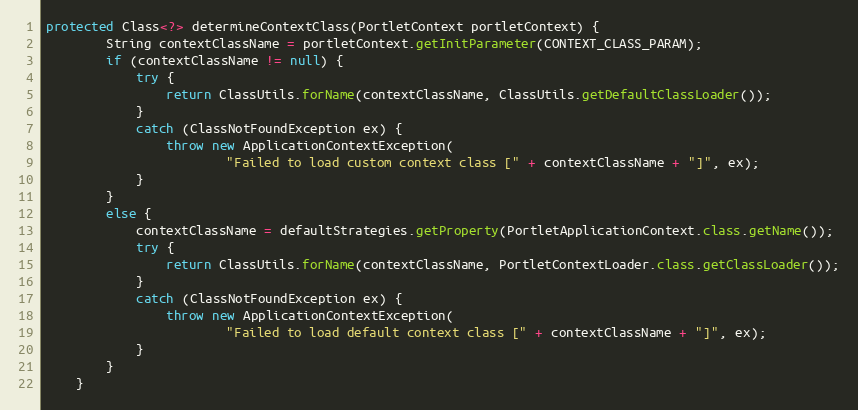
Language: Java
protected Class<?> determineContextClass(PortletContext portletContext) {
        String contextClassName = portletContext.getInitParameter(CONTEXT_CLASS_PARAM);
        if (contextClassName != null) {
            try {
                return ClassUtils.forName(contextClassName, ClassUtils.getDefaultClassLoader());
            }
            catch (ClassNotFoundException ex) {
                throw new ApplicationContextException(
                        "Failed to load custom context class [" + contextClassName + "]", ex);
            }
        }
        else {
            contextClassName = defaultStrategies.getProperty(PortletApplicationContext.class.getName());
            try {
                return ClassUtils.forName(contextClassName, PortletContextLoader.class.getClassLoader());
            }
            catch (ClassNotFoundException ex) {
                throw new ApplicationContextException(
                        "Failed to load default context class [" + contextClassName + "]", ex);
            }
        }
    }